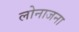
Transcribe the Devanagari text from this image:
लोनाजना